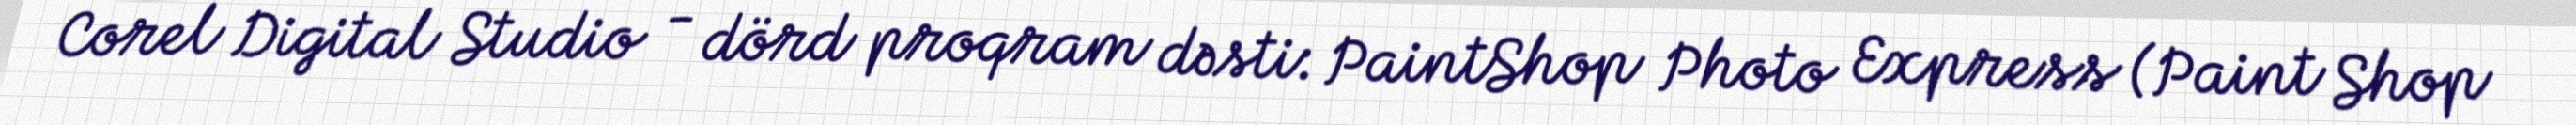
Corel Digital Studio - dörd proqram dəsti: PaintShop Photo Express (Paint Shop